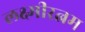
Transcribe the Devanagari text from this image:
लक्ष्मीरत्नम